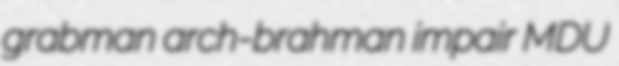
grabman arch-brahman impair MDU